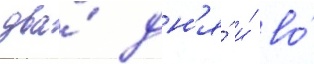
два́ дн'я́ и́ во́